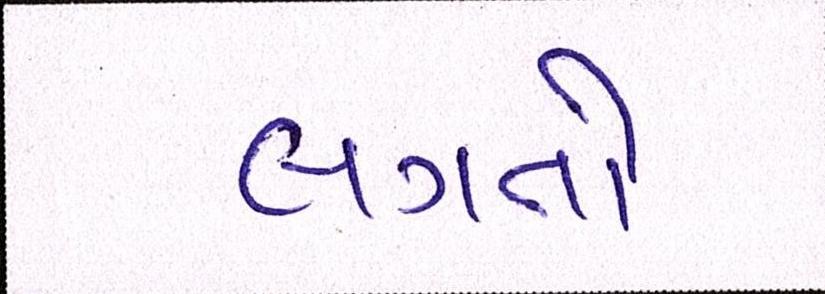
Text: લગતો